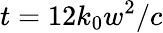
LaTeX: t=12k_{0}w^{2}/c